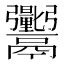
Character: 𬴼